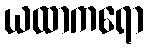
ယထာကရော